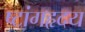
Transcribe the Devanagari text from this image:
ष्टांगहृदय